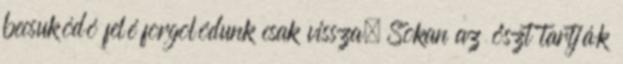
becsukódó felé forgolódunk csak vissza. Sokan az őszt tartják